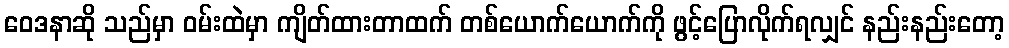
ဝေဒနာဆို သည်မှာ ဝမ်းထဲမှာ ကျိတ်ထားတာထက် တစ်ယောက်ယောက်ကို ဖွင့်ပြောလိုက်ရလျှင် နည်းနည်းတော့